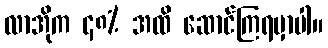
လာအိုက ၄၈% အထိ ဆောင်ကြရမှာပါ။